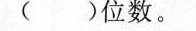
()位数。